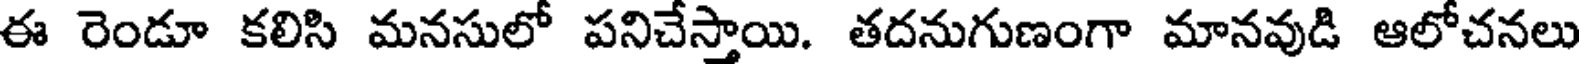
ఈ రెండూ కలిసి మనసులో పనిచేస్తాయి. తదనుగుణంగా మానవుడి ఆలోచనలు